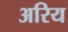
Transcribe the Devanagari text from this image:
अरिय